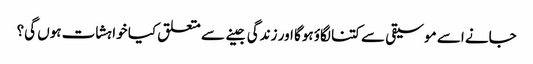
جانے اسے موسیقی سے کتنا لگاؤ ہوگا اور زندگی جینے سے متعلق کیا خواہشات ہوں گی؟